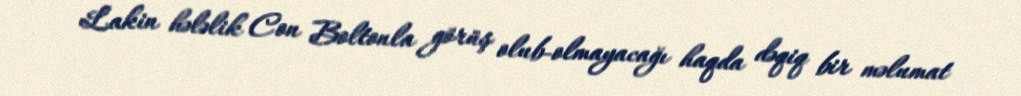
Lakin hələlik Con Boltonla görüş olub-olmayacağı haqda dəqiq bir məlumat